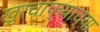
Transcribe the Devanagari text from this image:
खुरचाफ्याच्या